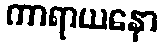
ကာရာယနော